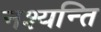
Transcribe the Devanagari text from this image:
नश्यन्ति